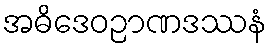
အဓိဒေဝဉာဏဒဿနံ